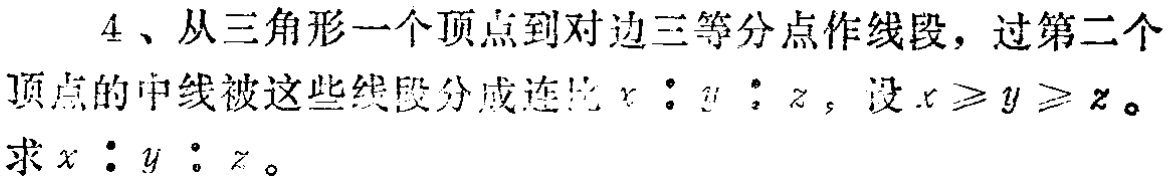
4、从三角形一个顶点到对边三等分点作线段，过第二个顶点的中线被这些线段分成连比\(x:y:z\)，设\(x\geqslant y\geqslant z\)。求\(x:y:z\)。